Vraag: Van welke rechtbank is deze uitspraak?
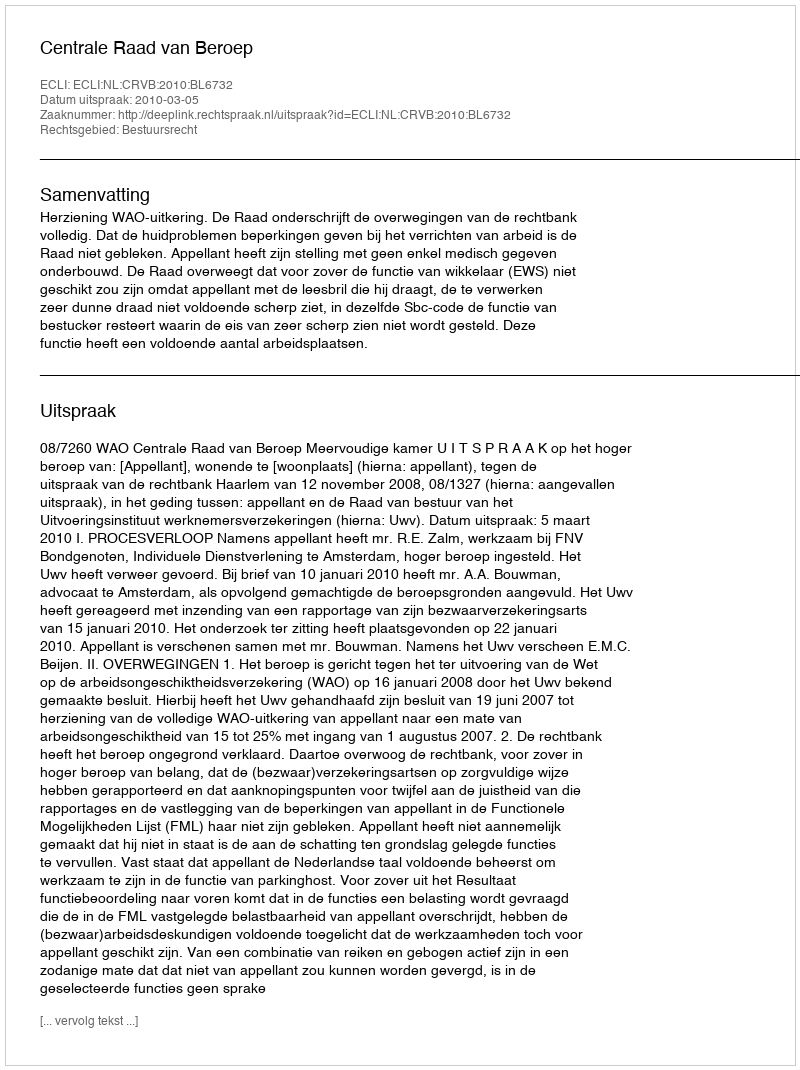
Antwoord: Centrale Raad van Beroep